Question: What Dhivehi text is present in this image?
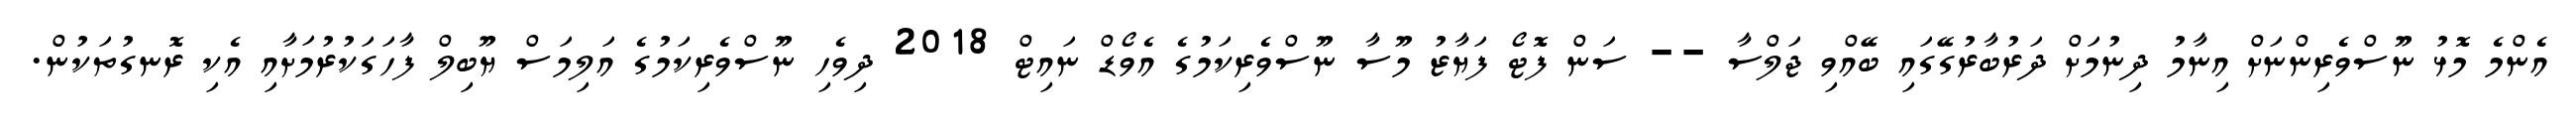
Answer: އެންމެ މޮޅު ނޫސްވެރިންނަށް އިނާމު ދިނުމަށް ދަރުބާރުގޭގައި ބޭއްވި ޖަލްސާ -- ސަން ފޮޓޯ ފަޔާޒު މޫސާ ނޫސްވެރިކަމުގެ އެވޯޑް ނައިޓް 2018 ދިވެހި ނޫސްވެރިކަމުގެ އަލިމަސް ޔޫބިލް ފާހަގަކުރުމަށާއި އެކި ރޮނގުތަކުން.